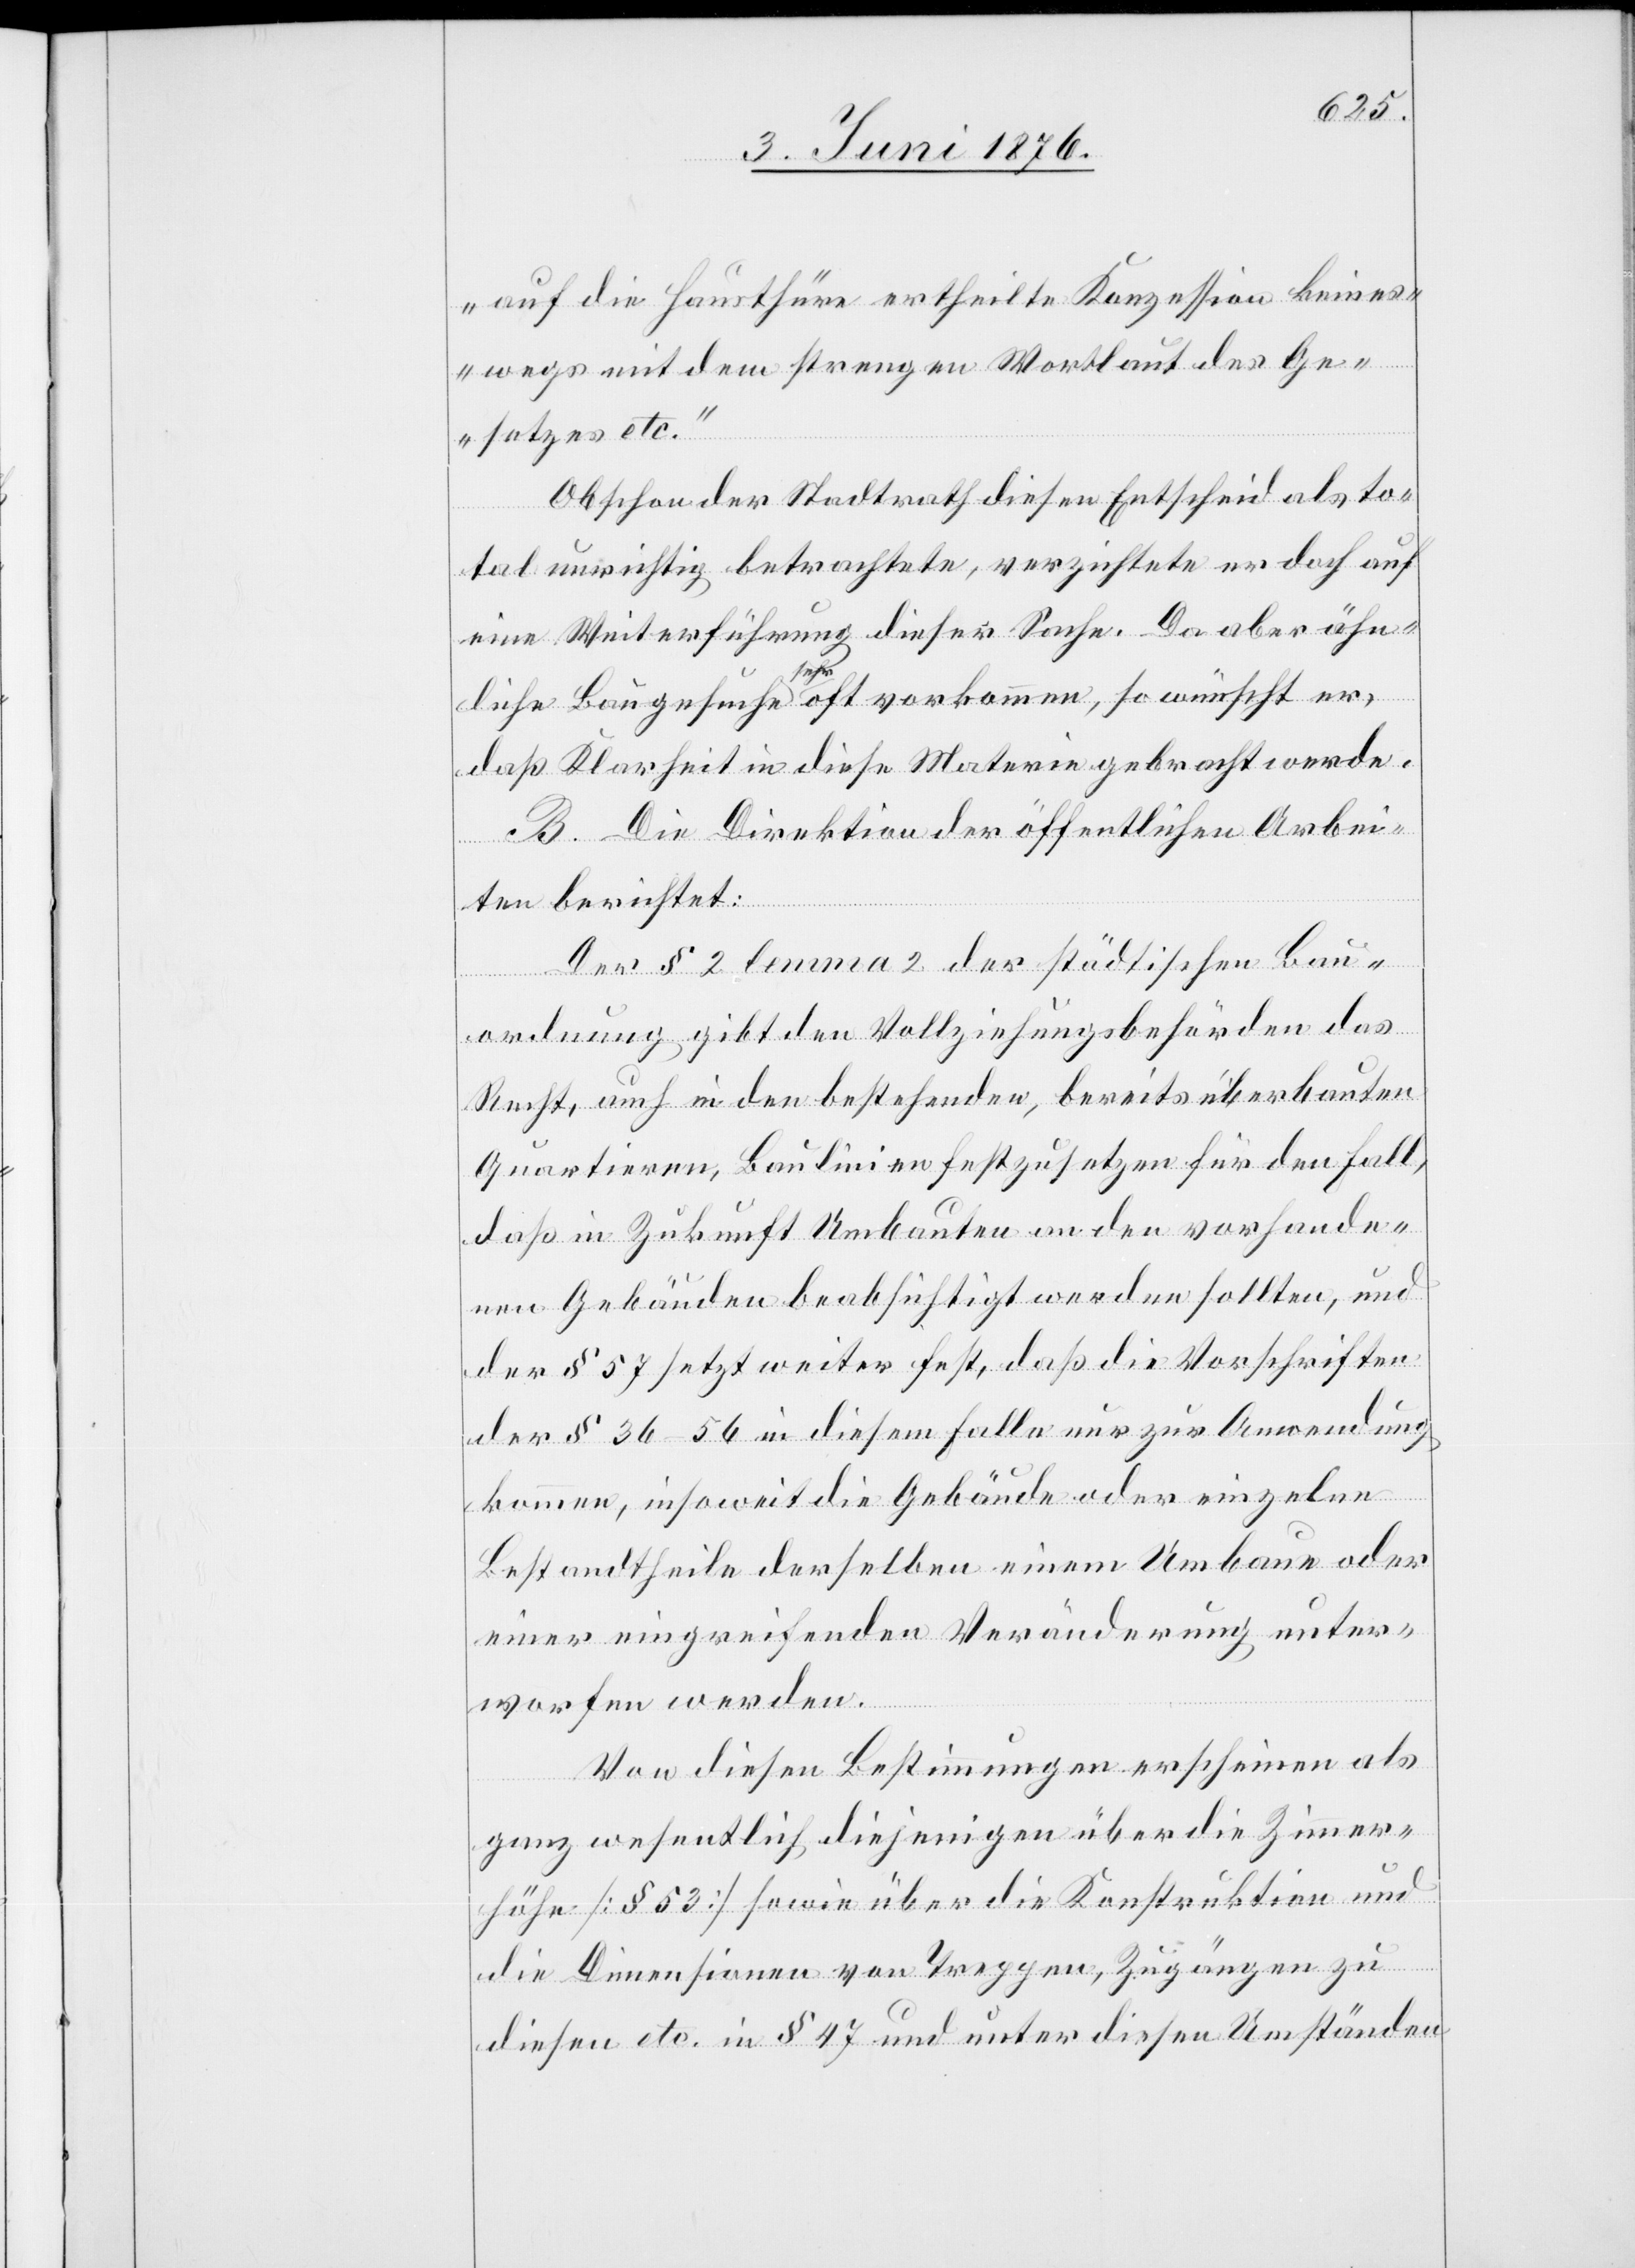
auf die Hausthüre ertheilten Konzession keines¬
wegs mit dem strengen Wortlaut des Ge¬
setzes etc.“
Obschon der Stadtrath diesen Entscheid als to¬
uktion
tal unrichtig betrachtete, verzichtete er doch auf
eine Weiterführung dieser Sache. Da aber ähn¬
liche Baugesuche sehr oft vorkommen, so wünscht er,
daß Klarheit in diese Materie gebracht werde.
B. Die Direktion der öffentlichen Arbei¬
ten berichtet:
Der § 2 lemma 2 der städtischen Bau¬
und
ordnung gibt den Vollziehungsbehörden das
Recht, auch in den bestehenden, bereits überbauten
Quartieren, Baulinien festzusetzen für den Fall,
daß in Zukunft Umbauten an den vorhande¬
nen Gebäuden beabsichtigt werden sollten, und
der § 57 setzt weiter fest, daß die Vorschriften
der § 36–56 in diesem Falle nur zur Anwendung
kommen, insoweit die Gebäude oder einzelne
Bestandtheile derselben einem Umbaue oder
einer eingreifenden Veränderung unter¬
worfen werden.
Von diesen Bestimmungen erscheinen als
ganz wesentlich diejenigen über die Konstr¬
die Dimensionen von Treppen, Zugänge zu
diesen etc. in § 47 und unter diesen Umständen